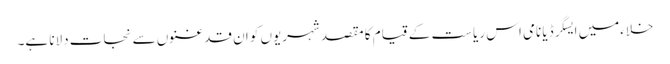
خلاءمیں ایسگرڈیا نامی اس ریاست کے قیام کا مقصد شہریوں کو ان قدغنوں سے نجات دلانا ہے۔